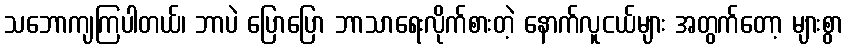
သဘောကျကြပါတယ်၊ ဘာပဲ ပြောပြော ဘာသာရေးလိုက်စားတဲ့ နောက်လူငယ်များ အတွက်တော့ များစွာ